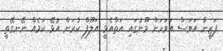
ފަޒީނާ އަވަސް އަވަހަށް މޫނުގައި އަތްއެޅީ އަލޫފް ކުރަން އުޅޭ ކަމެއް ނޭނގޭތީ